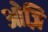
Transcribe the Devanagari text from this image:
ओज़ि